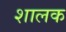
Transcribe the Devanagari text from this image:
शालक